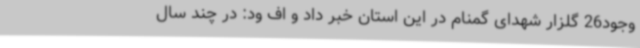
وجود26 گلزار شهدای گمنام در این استان خبر داد و اف ود: در چند سال